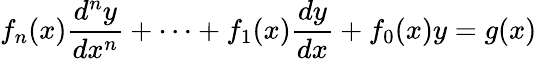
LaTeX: f_{n}(x){\frac{d^{n}y}{dx^{n}}}+\cdots+f_{1}(x){\frac{dy}{dx}}+f_{0}(x)y=g(x)